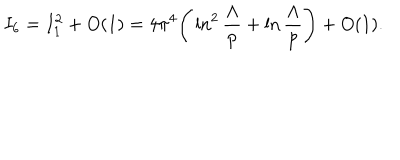
LaTeX: I _ { 6 } = I _ { 1 } ^ { 2 } + O ( 1 ) = 4 \pi ^ { 4 } \Bigg ( \ln ^ { 2 } \frac { \Lambda } { p } + \ln \frac { \Lambda } { p } \Bigg ) + O ( 1 ) .